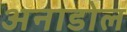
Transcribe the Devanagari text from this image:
अनाडोल